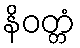
နိဝတ္တံ